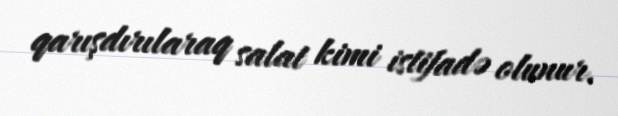
qarışdırılaraq salat kimi istifadə olunur.